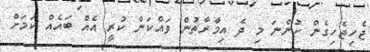
ޖެހިޖެހިގެން ހުންނަ މި ދެ އިމާރާތުން ވައްކަން ކުރީ އެއް ބައެއް ކަމަށް